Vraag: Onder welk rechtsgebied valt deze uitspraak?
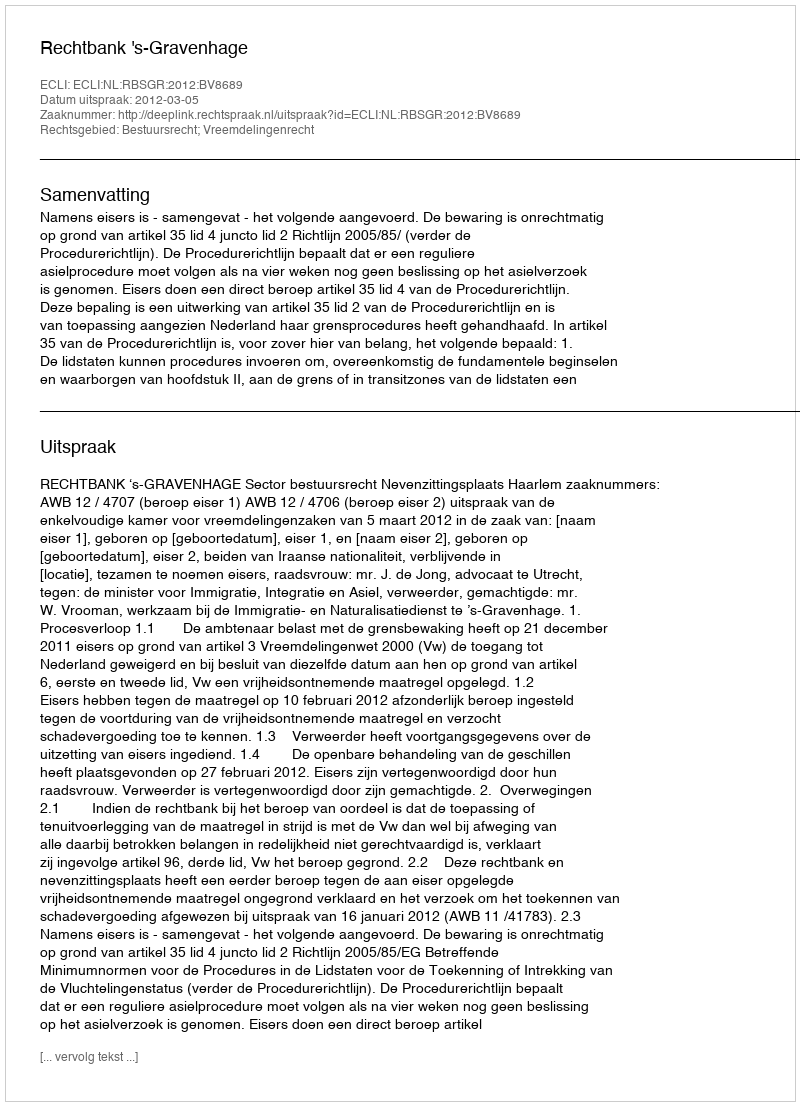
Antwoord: Bestuursrecht; Vreemdelingenrecht